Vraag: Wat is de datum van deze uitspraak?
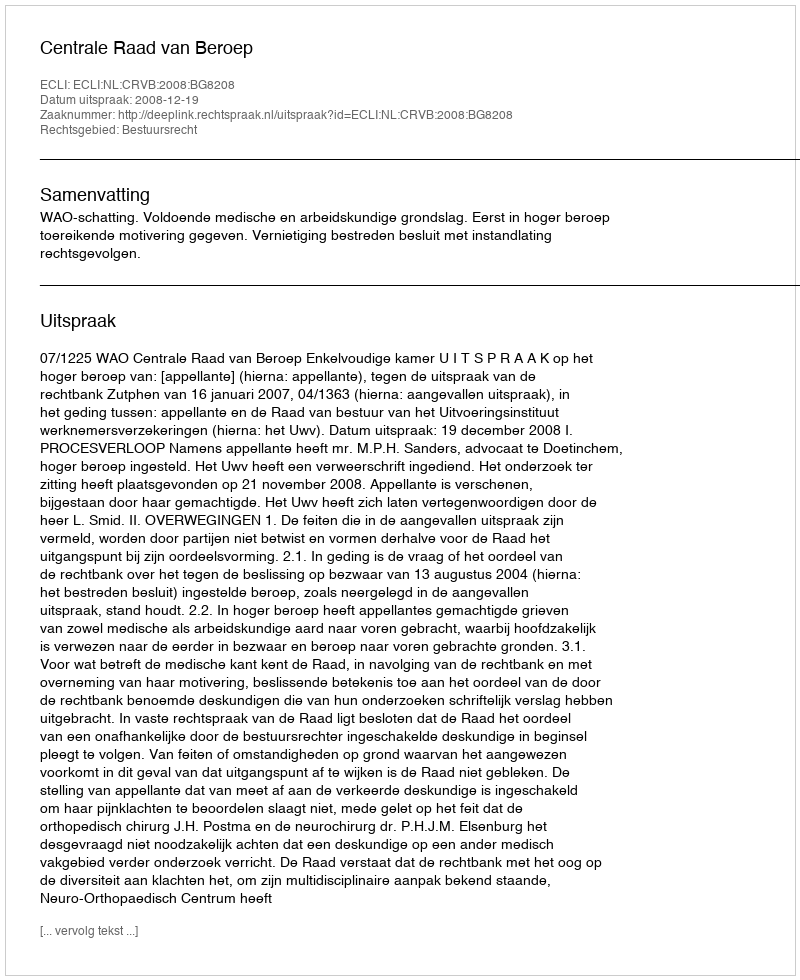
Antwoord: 2008-12-19